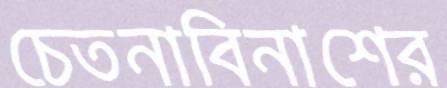
চেতনাবিনাশের